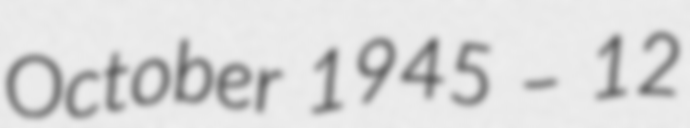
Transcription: October 1945 – 12